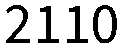
2110